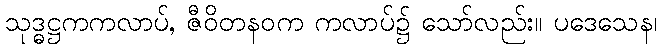
သုဒ္ဓဋ္ဌကကလာပ်, ဇီဝိတနဝက ကလာပ်၌ သော်လည်း။ ပဒေသေန၊